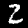
Label: 2